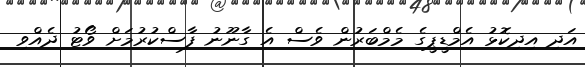
އަދި އިދިކޮޅު އެމްޑީޕީގެ މެމްބަރުން ވެސް އެ ގާނޫނު ފާސްކުރުމަށް ވޯޓު ދެއްވި